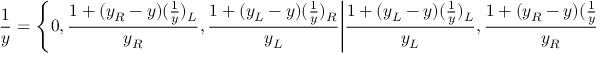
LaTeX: { \frac { 1 } { y } } = { \Bigg \{ } 0 , { \frac { 1 + ( y _ { R } - y ) ( { \frac { 1 } { y } } ) _ { L } } { y _ { R } } } , { \frac { 1 + ( y _ { L } - y ) ( { \frac { 1 } { y } } ) _ { R } } { y _ { L } } } { \Bigg | } { \frac { 1 + ( y _ { L } - y ) ( { \frac { 1 } { y } } ) _ { L } } { y _ { L } } } , { \frac { 1 + ( y _ { R } - y ) ( { \frac { 1 } { y } } ) _ { R } } { y _ { R } } } { \Bigg \} }